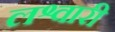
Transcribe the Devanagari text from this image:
लश्वारी